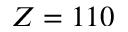
Z = 1 1 0